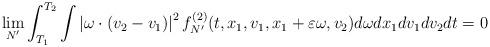
LaTeX: \begin{align*}\lim_{N^\prime}\int_{T_1}^{T_2}\int \left| \omega \cdot (v_2 - v_1) \right|^2f_{N^\prime}^{(2)} (t,x_1,v_1,x_1+\varepsilon \omega,v_2)d\omega dx_1 dv_1 dv_2 dt = 0\end{align*}